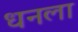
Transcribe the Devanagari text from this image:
ध्‍ानला